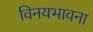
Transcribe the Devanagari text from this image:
विनयभावना